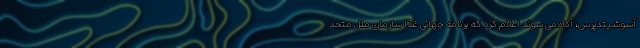
آسوشیتدپرس، آکادمی سوئد اعلام کرد که برنامه جهانی غذا سازمان ملل متحد